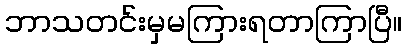
ဘာသတင်းမှမကြားရတာကြာပြီ။